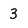
Character: 3